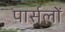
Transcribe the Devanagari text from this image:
पार्सलों